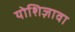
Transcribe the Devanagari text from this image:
योशिज़ावा